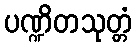
ပဏ္ဍိတသုတ္တံ